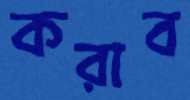
করাব